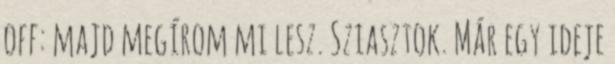
off: majd megírom mi lesz. Sziasztok. Már egy ideje